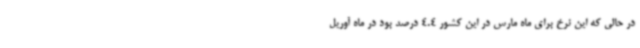
در حالی که این نرخ برای ماه مارس در این کشور 4.4 درصد بود در ماه آوریل